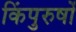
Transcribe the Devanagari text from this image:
किंपुरुषों